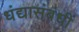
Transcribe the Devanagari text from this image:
धंद्यासंबंधीं